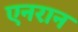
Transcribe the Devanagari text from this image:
एनरान